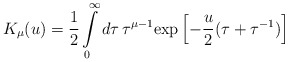
\begin{align*} K_\mu(u)=\frac 12 \int\limits_0^\infty d\tau\,\tau^{\mu-1}\mathrm{exp}\left[-\frac u2(\tau+\tau^{-1})\right]\end{align*}